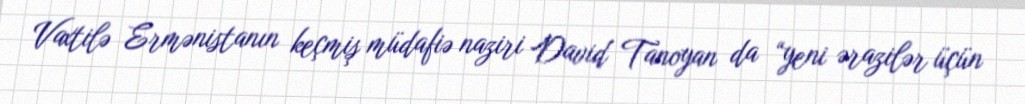
Vaxtilə Ermənistanın keçmiş müdafiə naziri David Tanoyan da “yeni ərazilər üçün